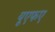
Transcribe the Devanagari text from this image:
यूएफए